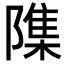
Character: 𮥢